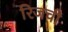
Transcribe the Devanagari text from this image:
रिजची